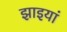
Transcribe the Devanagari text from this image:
झाइयां